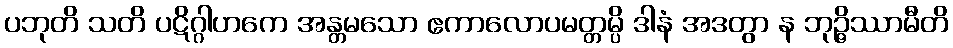
ပဘုတိ သတိ ပဋိဂ္ဂါဟကေ အန္တမသော ဧကာလောပမတ္တမ္ပိ ဒါနံ အဒတွာ န ဘုဉ္ဇိဿာမီတိ